Senior Leaving Certificate Examination (including Day School Certificate (Higher) General paper), 1946
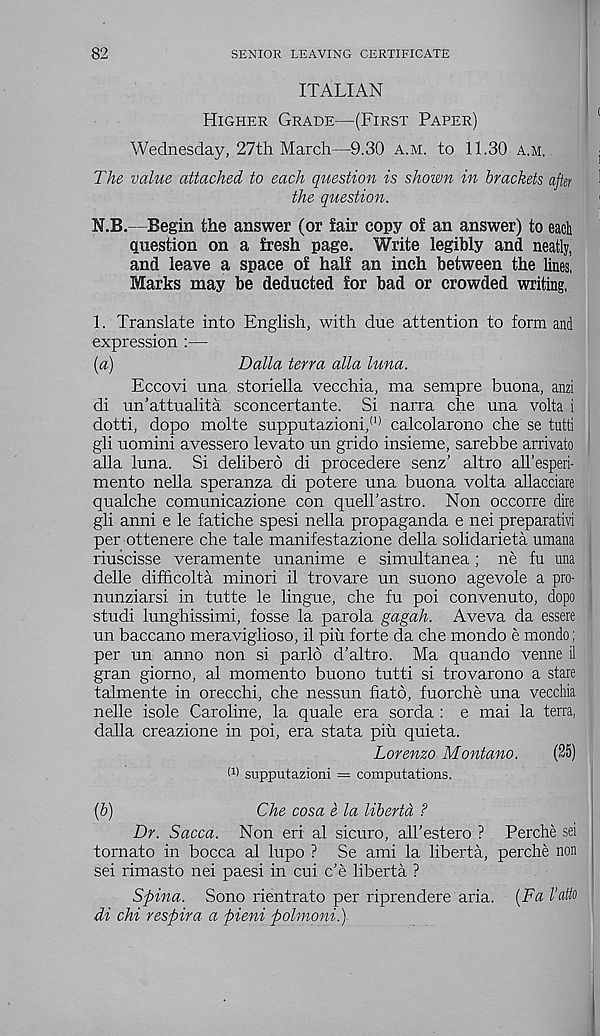
82
SENIOR LEAVING CERTIFICATE
ITALIAN
Higher Grade—(First Paper)
Wednesday, 27th March—9.30 a.m. to 11.30 a.m.
The value attached to each question is shown in brackets after
the question.
N.B.—Begin the answer (or fair copy of an answer) to each
question on a fresh page. Write legibly and neatly,
and leave a space of half an inch between the lines,
Marks may be deducted for bad or crowded writing.
1. Translate into English, with due attention to form and
expression :—
[a)
Dalla terra alia luna.
Eccovi una storiella vecchia, ma sempre buona, anzi
di un’attualita sconcertante. Si narra che una volta i
dotti, dopo molte supputazioni, (1) calcolarono che se tutti
gli uomini avessero levato un grido insieme, sarebbe arrivato
alia luna. Si delibero di procedere senz’ altro all’esperi-
mento nella speranza di potere una buona volta allacciare
qualche comunicazione con quell’astro. Non occorre dire
gli anni e le fatiche spesi nella propaganda e nei preparativi
per ottenere che tale manifestazione della solidarieta umana
riuscisse veramente unanime e simultanea; ne fu una
delle difficolta minori il trovare un suono agevole a pro-
nunziarsi in tutte le lingue, che fu poi convenuto, dopo
studi lunghissimi, fosse la parola gagah. Aveva da essere
un baccano meraviglioso, il piu forte da che mondo e mondo;
per un anno non si parlo d’altro. Ma quando venne il
gran giorno, al momento buono tutti si trovarono a stare
talmente in orecchi, che nessun fiato, fuorche una vecchia
nelle isole Caroline, la quale era sorda : e mai la terra,
dalla creazione in poi, era stata piu quieta.
Lorenzo Montano.
(25)
W supputazioni = computations.
(&)
Che cosa e la libertd ?
Dr. Sacca. Non eri al sicuro, all’estero ? Perche sei
tomato in bocca al lupo ? Se ami la liberta, perche non
sei rimasto nei paesi in cui c’e liberta ?
Spina. Sono rientrato per riprendere aria. [Fa I’atto
di chi respira a pieni polmoni.)